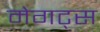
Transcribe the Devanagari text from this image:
मेगट्स